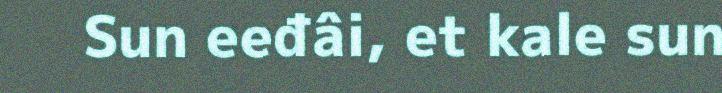
Sun eeđâi, et kale sun